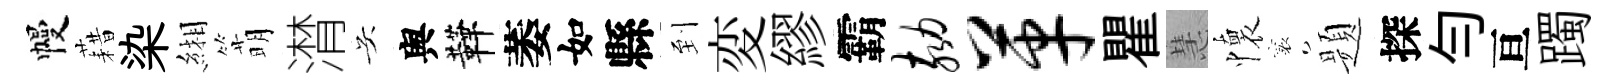
幔藉染緗萌潸吴舆鞾萎如縣到変繆霸劾革瞿慧懷襄题探勻亘躅